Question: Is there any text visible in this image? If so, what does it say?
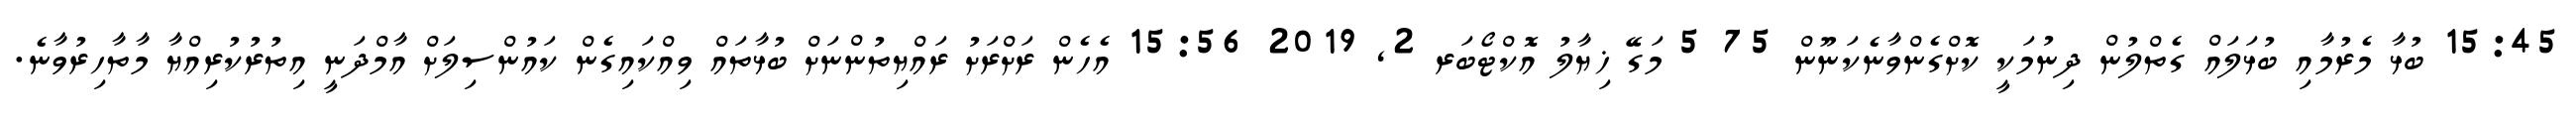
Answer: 15:45 ބުޅާ މެރުމާއި ބުޅަލައް ގެތްލުން ދިނުމަކީ ކޮށްގެންވާނެކަނޫން 75 5 މަގޭ ޚިޔާލު އޮކްޓޯބަރ 2, 2019 15:56 އެހެން ރަށްރަށު ރައްޔިތުންނަށް ބުޅާތައް ވިއްކައިގެން ކައުންސިލަށް އާމްދަނީ އިތުރުކުރިއްޔާ މާތާހިރުވާނެ.